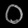
Digit: ၀